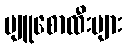
ပျူစောထီးများ